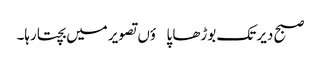
صبح دیر تک بوڑھا پاؤں تصویر میں بچتا رہا۔